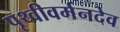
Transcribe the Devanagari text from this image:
पृथ्वीवर्मनदेव